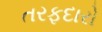
તરફદારો